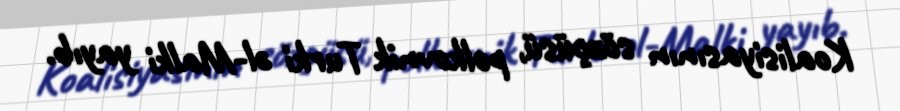
Koalisiyasının sözçüsü, polkovnik Turki əl-Malki yayıb.